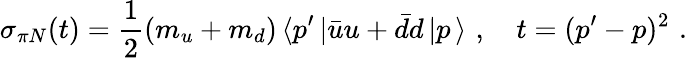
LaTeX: \sigma_{\pi N}(t)=\frac{1}{2}(m_{u}+m_{d})\, \langle p^{\prime}\, |\bar{u}u+\bar{d}d\, |p\, \rangle\, \, ,\quad t=(p^{\prime}-p)^{2}\, \, .